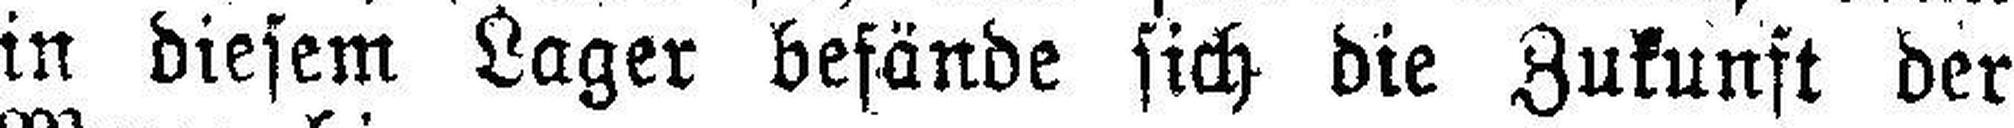
in diesem Lager befände sich die Zukunft der